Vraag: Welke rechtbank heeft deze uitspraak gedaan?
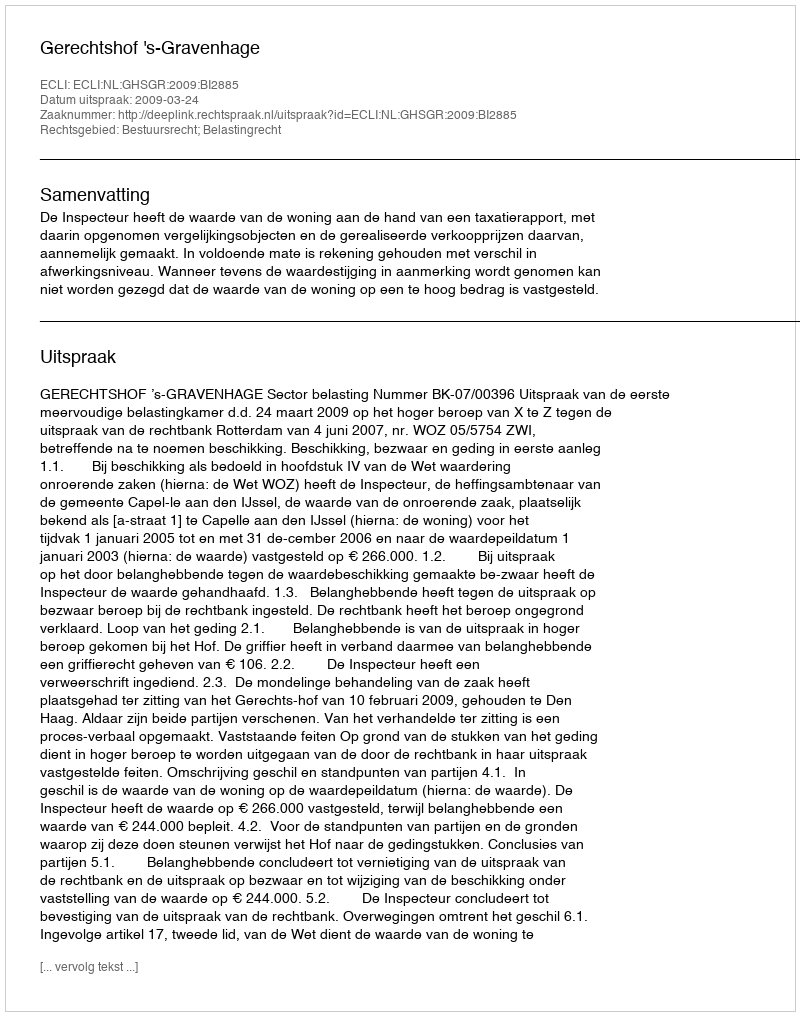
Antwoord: Gerechtshof 's-Gravenhage